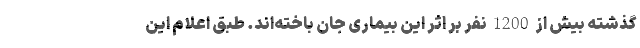
گذشته بیش از 1200 نفر بر اثر این بیماری جان باخته‌اند. طبق اعلام این